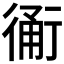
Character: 𧗴